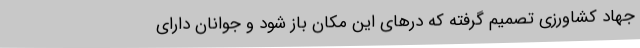
جهاد کشاورزی تصمیم گرفته که درهای این مکان باز شود و جوانان دارای